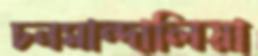
চনমান্দালিয়া